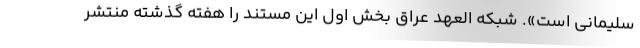
سلیمانی است». شبکه العهد عراق بخش اول این مستند را هفته گذشته منتشر